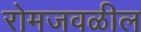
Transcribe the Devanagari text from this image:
रोमजवळील